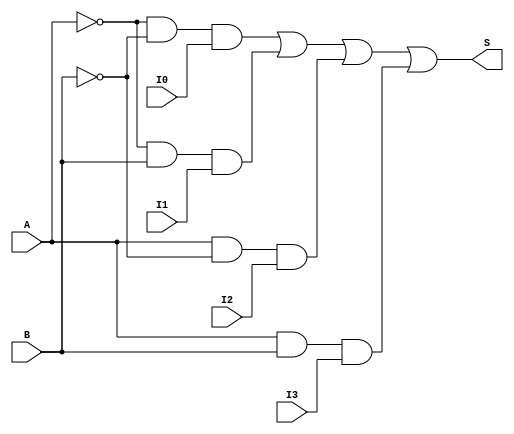
module mux41(A, B, I0, I1, I2, I3, S);

input A, B, I0, I1, I2, I3;
output S;

assign S = (~A&~B&I0) | (~A&B&I1) | (A&~B&I2) | (A&B&I3);

endmodule